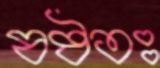
ষষ্ঠতঃ